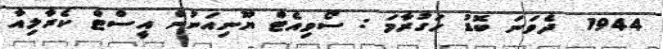
1944  ދެވަނަ ބޮޑު ހަގުރާމަ : ސޯވިއެޓް ޔޫނިއަނުން އީސްޓް ކެރާލިއާ